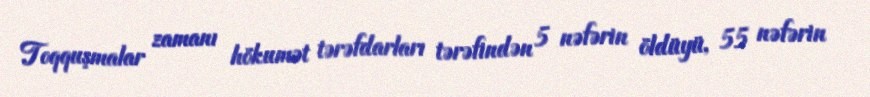
Toqquşmalar zamanı hökumət tərəfdarları tərəfindən 5 nəfərin öldüyü, 55 nəfərin